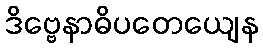
ဒိဗ္ဗေနာဓိပတေယျေန